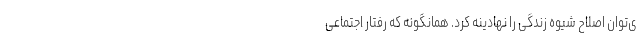
ی‌‌توان اصلاح شیوه زندگی را نهادینه کرد. همانگونه که رفتار اجتماعی